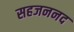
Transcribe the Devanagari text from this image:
सहजननद